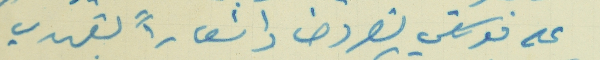
على موكلي نصر وحنا واشعاراً بتعهدي